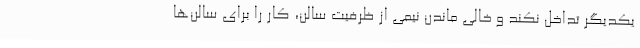
یکدیگر تداخل نکند و خالی ماندن نیمی از ظرفیت سالن، کار را برای سالن‌ها